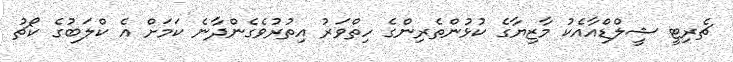
ޗެރިޓީ ޝީލްޑްއާއެކު މާޒިޔާގެ ކުޅުންތެރިންގެ ހިތްވަރު އިތުރުވެގެންދާނެ ކަމަށް އެ ކްލަބުގެ ކޯޗު